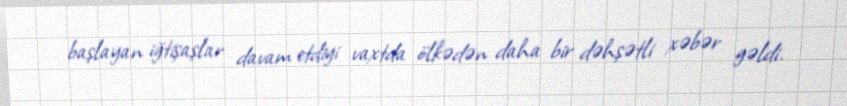
başlayan iğtişaşlar davam etdiyi vaxtda ölkədən daha bir dəhşətli xəbər gəldi.